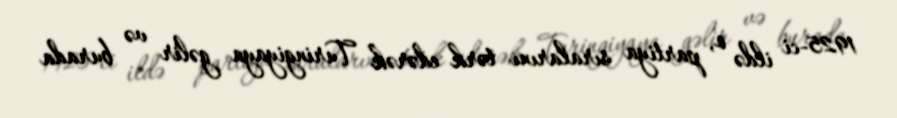
1925-ci ildə o, partiya sıralarını tərk edərək Turingiyaya gəlir və burada